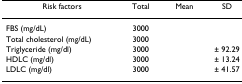
<table><thead><tr><td><b>Risk factors</b></td><td><b>Total</b></td><td><b>Mean</b></td><td><b>SD</b></td></tr></thead><tbody><tr><td>FBS (mg/dL)</td><td>3000</td><td>[EMPTY_CELL]</td><td>[EMPTY_CELL]</td></tr><tr><td>Total cholesterol (mg/dL)</td><td>3000</td><td>[EMPTY_CELL]</td><td>[EMPTY_CELL]</td></tr><tr><td>Triglyceride (mg/dl)</td><td>3000</td><td>[EMPTY_CELL]</td><td>± 92.29</td></tr><tr><td>HDLC (mg/dl)</td><td>3000</td><td>[EMPTY_CELL]</td><td>± 13.24</td></tr><tr><td>LDLC (mg/dl)</td><td>3000</td><td>[EMPTY_CELL]</td><td>± 41.57</td></tr></tbody></table>